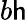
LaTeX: b\mathsf{h}